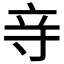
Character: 𮄧